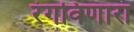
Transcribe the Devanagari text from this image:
रंगविणारा